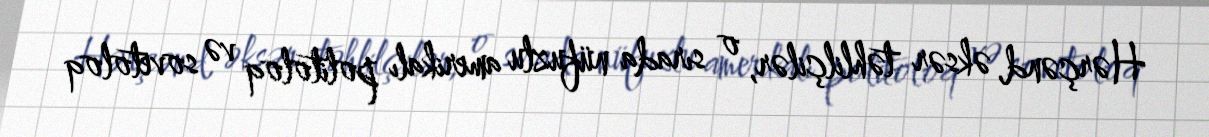
Hərçənd, əksər təhlilçilər, o sırada nüfuzlu amerikalı politoloq və sovetoloq